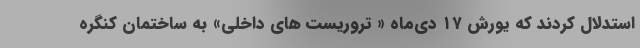
استدلال کردند که یورش ۱۷ دی‌ماه « تروریست های داخلی» به ساختمان کنگره